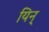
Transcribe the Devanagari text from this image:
यिन्